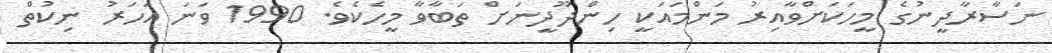
ނަސާރާދީނުގެ މީހަކަށްވާއިރު މަންމައަކީ ހިންދޫދީނަށް ތަބާވާ މީހެކެވެ. 1990 ވަނަ އަހަރު ނިކުތް